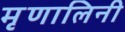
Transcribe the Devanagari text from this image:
मृृणालिनी